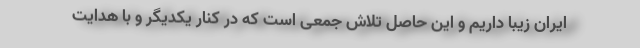
ایران زیبا داریم و این حاصل تلاش جمعی است که در کنار یکدیگر و با هدایت